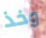
وخذ